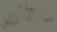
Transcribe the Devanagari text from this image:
अतीरेक्यान्नी